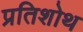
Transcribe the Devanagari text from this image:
प्रतिशोथ